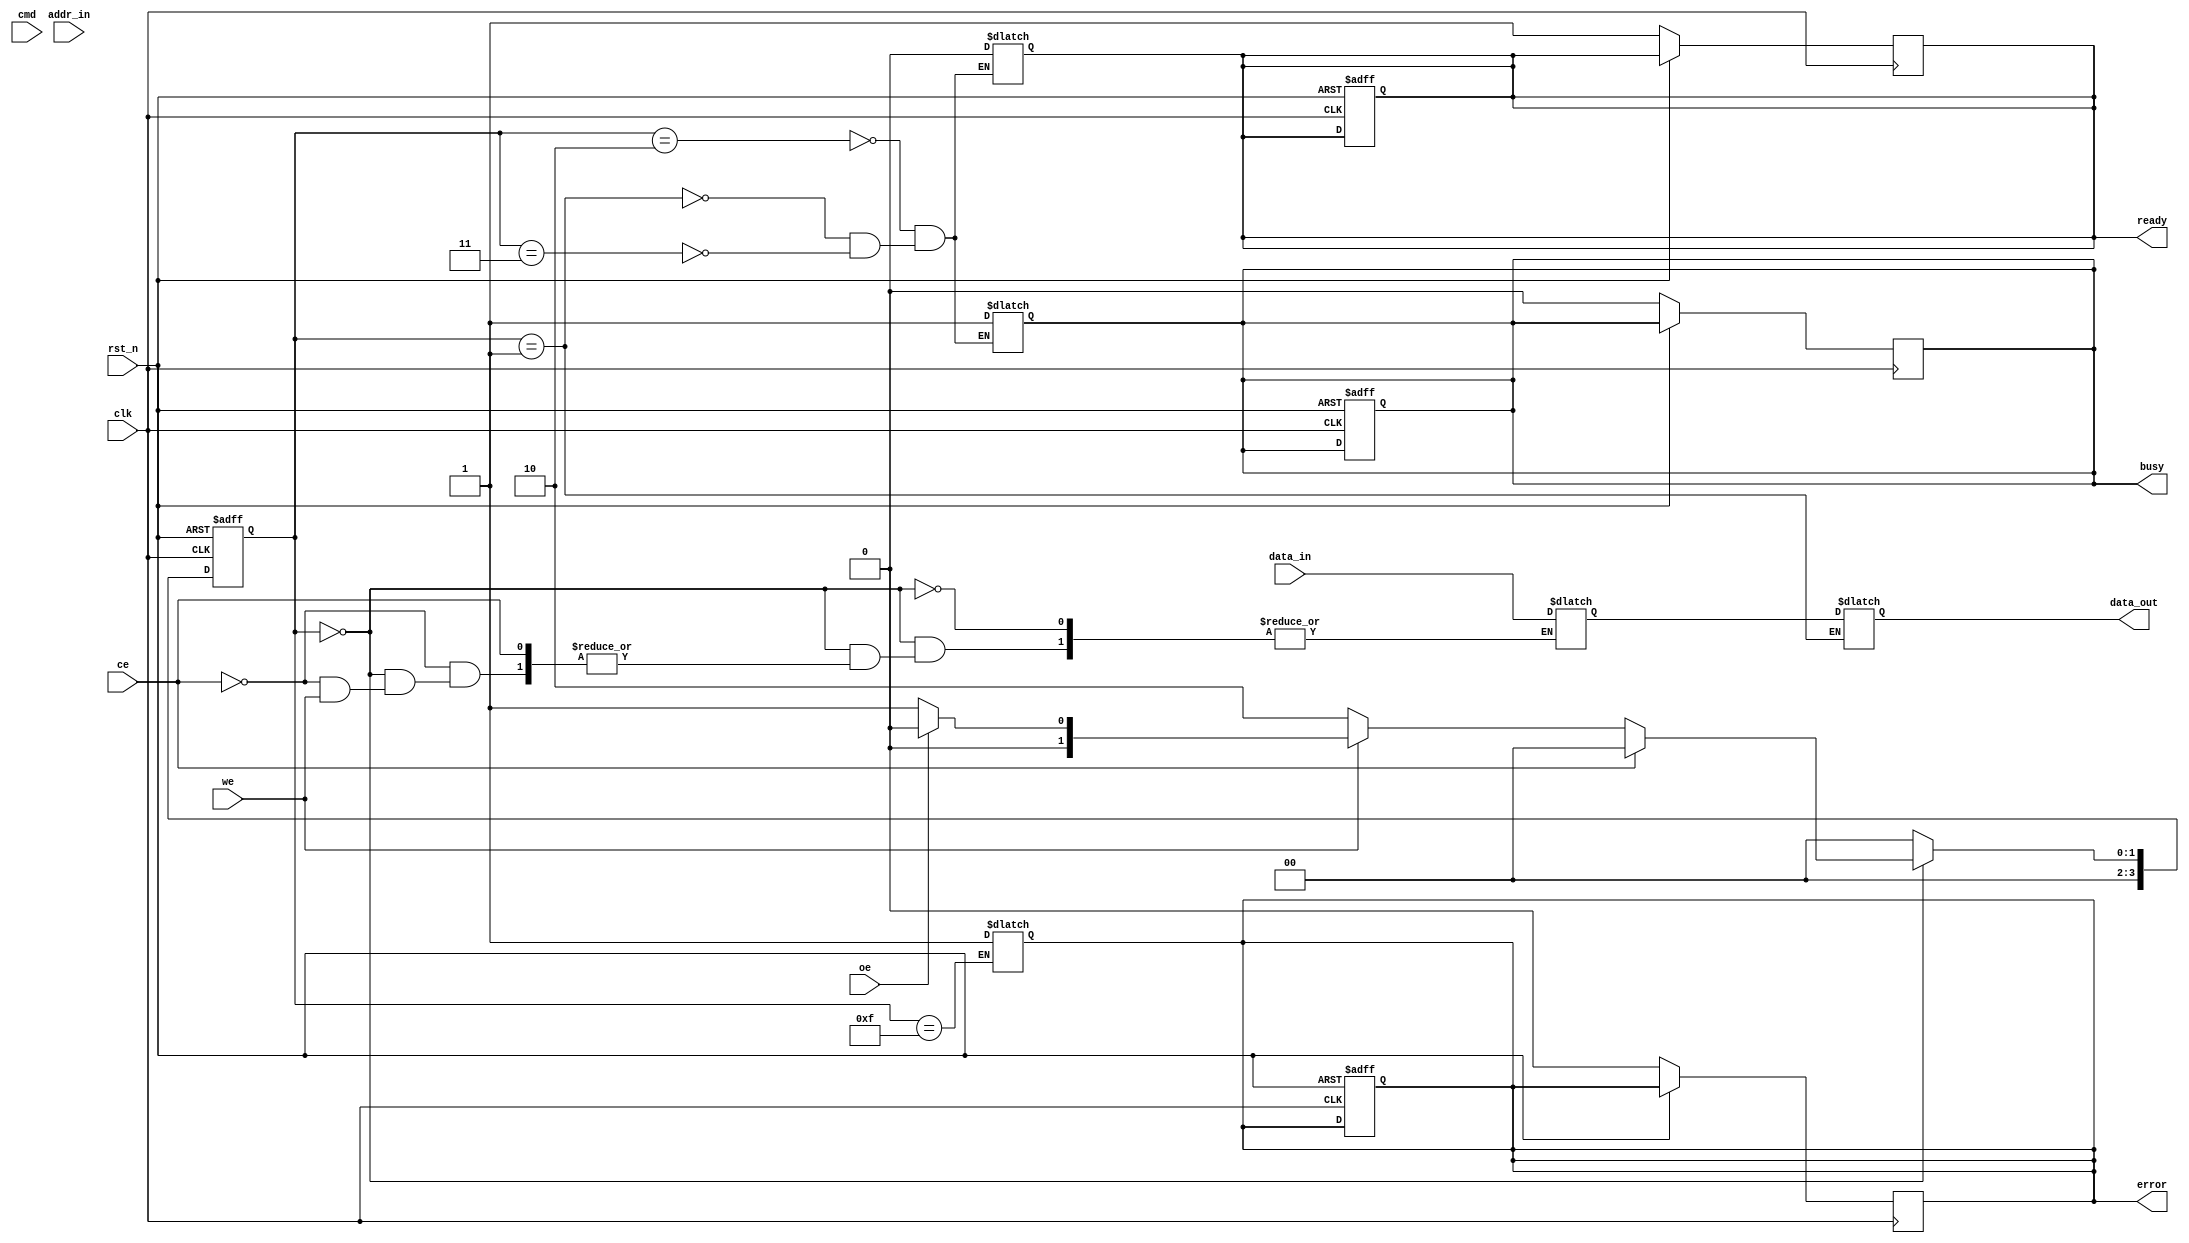
module nand_flash_io_block (
    input wire clk,
    input wire rst_n,
    input wire [31:0] data_in,        // Data input from the external controller (example width: 32 bits)
    input wire [15:0] addr_in,        // Address input from the external controller (example width: 16 bits)
    input wire ce,                    // Chip Enable
    input wire we,                    // Write Enable
    input wire oe,                    // Output Enable
    input wire [2:0] cmd,             // Command signals (e.g., READ, WRITE, ERASE)
    output reg [31:0] data_out,       // Data output to the external controller
    output reg busy,                  // Busy flag for operation status
    output reg ready,                 // Ready flag for operation completion
    output reg error                  // Error flag
);

// Internal Signals
reg [31:0] data_buffer;              // Input buffer
reg [15:0] addr_latch;               // Address latch
reg [3:0] state;                     // State for control logic
reg [3:0] next_state;                // Next state for control logic

// State Enumeration
localparam IDLE        = 4'b0000;
localparam READ        = 4'b0001;
localparam WRITE       = 4'b0010;
localparam ERASURE     = 4'b0011;
localparam ERROR_STATE = 4'b1111;

// Main Async Operation Loop
always @(posedge clk or negedge rst_n) begin
    if (!rst_n) begin
        state <= IDLE;
        busy <= 1'b0;
        ready <= 1'b1;
        error <= 1'b0;
    end else begin
        state <= next_state;
    end
end

// State Machine for Command Handling
always @(*) begin
    case (state)
        IDLE: begin
            if (ce == 1'b0) begin // Chip is enabled
                if (we == 1'b0) begin
                    // Write Operation
                    data_buffer = data_in;
                    addr_latch = addr_in;
                    next_state = WRITE;
                end else if (oe == 1'b0) begin
                    // Read Operation
                    addr_latch = addr_in;
                    next_state = READ;
                end else begin
                    next_state = IDLE; // No operation
                end
            end else begin
                next_state = IDLE; // Chip not enabled
            end
        end

        WRITE: begin
            busy = 1'b1; 
            ready = 1'b0; 
            // Add write logic here
            // Assume Write is successful
            next_state = IDLE; // Transition back to IDLE after write operation
        end

        READ: begin
            busy = 1'b1;
            ready = 1'b0;
            data_out = data_buffer; // Assuming data_buffer holds the read data
            next_state = IDLE; // Transition back to IDLE after read operation
        end

        ERASURE: begin
            busy = 1'b1;
            ready = 1'b0;
            // Add erase logic here
            next_state = IDLE; // Transition back to IDLE after erase operation
        end

        ERROR_STATE: begin
            // Handle Errors
            error <= 1'b1;
            next_state = IDLE; // transition back to IDLE after handling error
        end

        default: next_state = IDLE; // Reset to default state
    endcase
end

// Status Register Logic
always @(posedge clk) begin
    if (!rst_n) begin
        busy <= 1'b0;
        ready <= 1'b1;
        error <= 1'b0;
    end
    // Update flags based on state transitions
end

endmodule